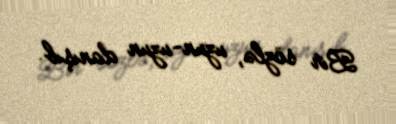
Bir sözlə, uzun-uzun danışıb.